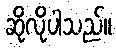
ဆိုလိုပါသည်။